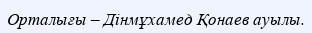
Орталығы – Дінмұхамед Қонаев ауылы.